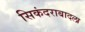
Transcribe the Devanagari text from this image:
सिकंदराबादला